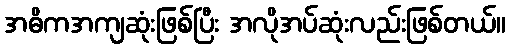
အဓိကအကျဆုံးဖြစ်ပြီး အလိုအပ်ဆုံးလည်းဖြစ်တယ်။